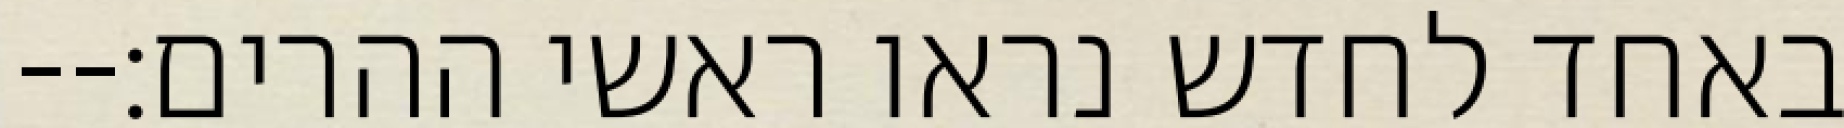
באחד לחדש נראו ראשי ההרים׃--